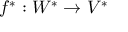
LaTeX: f ^ { * } : W ^ { * } \to V ^ { * }